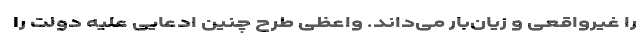
را غیرواقعی و زیان‌بار می‌داند. واعظی طرح چنین ادعایی علیه دولت را